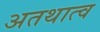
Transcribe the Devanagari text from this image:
अतथात्व